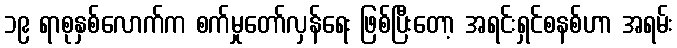
၁၉ ရာစုနှစ်လောက်က စက်မှုတော်လှန်ရေး ဖြစ်ပြီးတော့ အရင်းရှင်စနစ်ဟာ အရမ်း